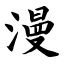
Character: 漫